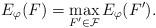
LaTeX: \begin{align*} E_\varphi(F) = \max_{F'\in \mathcal F} E_\varphi(F'). \end{align*}